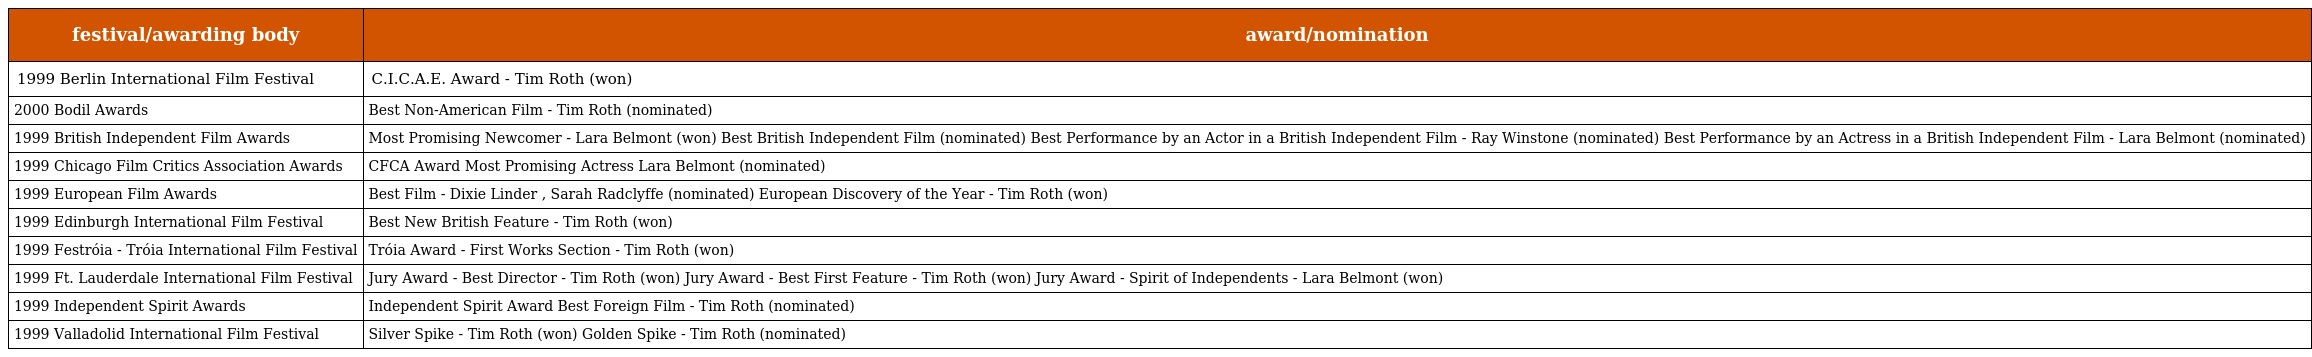
| festival/awarding body | award/nomination |
 | --- | --- |
 | 1999 Berlin International Film Festival | C.I.C.A.E. Award - Tim Roth (won) |
 | 2000 Bodil Awards | Best Non-American Film - Tim Roth (nominated) |
 | 1999 British Independent Film Awards | Most Promising Newcomer - Lara Belmont (won) Best British Independent Film (nominated) Best Performance by an Actor in a British Independent Film - Ray Winstone (nominated) Best Performance by an Actress in a British Independent Film - Lara Belmont (nominated) |
 | 1999 Chicago Film Critics Association Awards | CFCA Award Most Promising Actress Lara Belmont (nominated) |
 | 1999 European Film Awards | Best Film - Dixie Linder , Sarah Radclyffe (nominated) European Discovery of the Year - Tim Roth (won) |
 | 1999 Edinburgh International Film Festival | Best New British Feature - Tim Roth (won) |
 | 1999 Festróia - Tróia International Film Festival | Tróia Award - First Works Section - Tim Roth (won) |
 | 1999 Ft. Lauderdale International Film Festival | Jury Award - Best Director - Tim Roth (won) Jury Award - Best First Feature - Tim Roth (won) Jury Award - Spirit of Independents - Lara Belmont (won) |
 | 1999 Independent Spirit Awards | Independent Spirit Award Best Foreign Film - Tim Roth (nominated) |
 | 1999 Valladolid International Film Festival | Silver Spike - Tim Roth (won) Golden Spike - Tim Roth (nominated) |